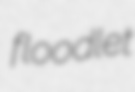
floodlet